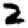
Digit: 2